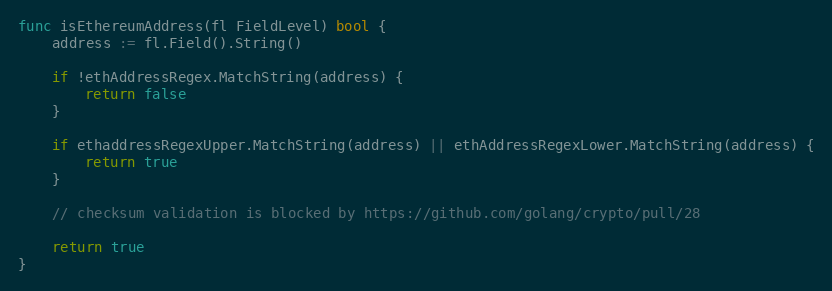
Language: Go
func isEthereumAddress(fl FieldLevel) bool {
	address := fl.Field().String()

	if !ethAddressRegex.MatchString(address) {
		return false
	}

	if ethaddressRegexUpper.MatchString(address) || ethAddressRegexLower.MatchString(address) {
		return true
	}

	// checksum validation is blocked by https://github.com/golang/crypto/pull/28

	return true
}